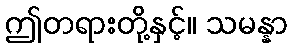
ဤတရားတို့နှင့်။ သမန္နာ